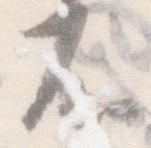
不